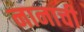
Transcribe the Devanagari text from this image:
नानाची